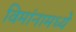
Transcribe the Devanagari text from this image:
विमांनामध्ये